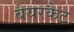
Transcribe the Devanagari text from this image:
बेयरकैट